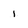
Character: I